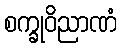
စက္ခုဝိညာဏံ